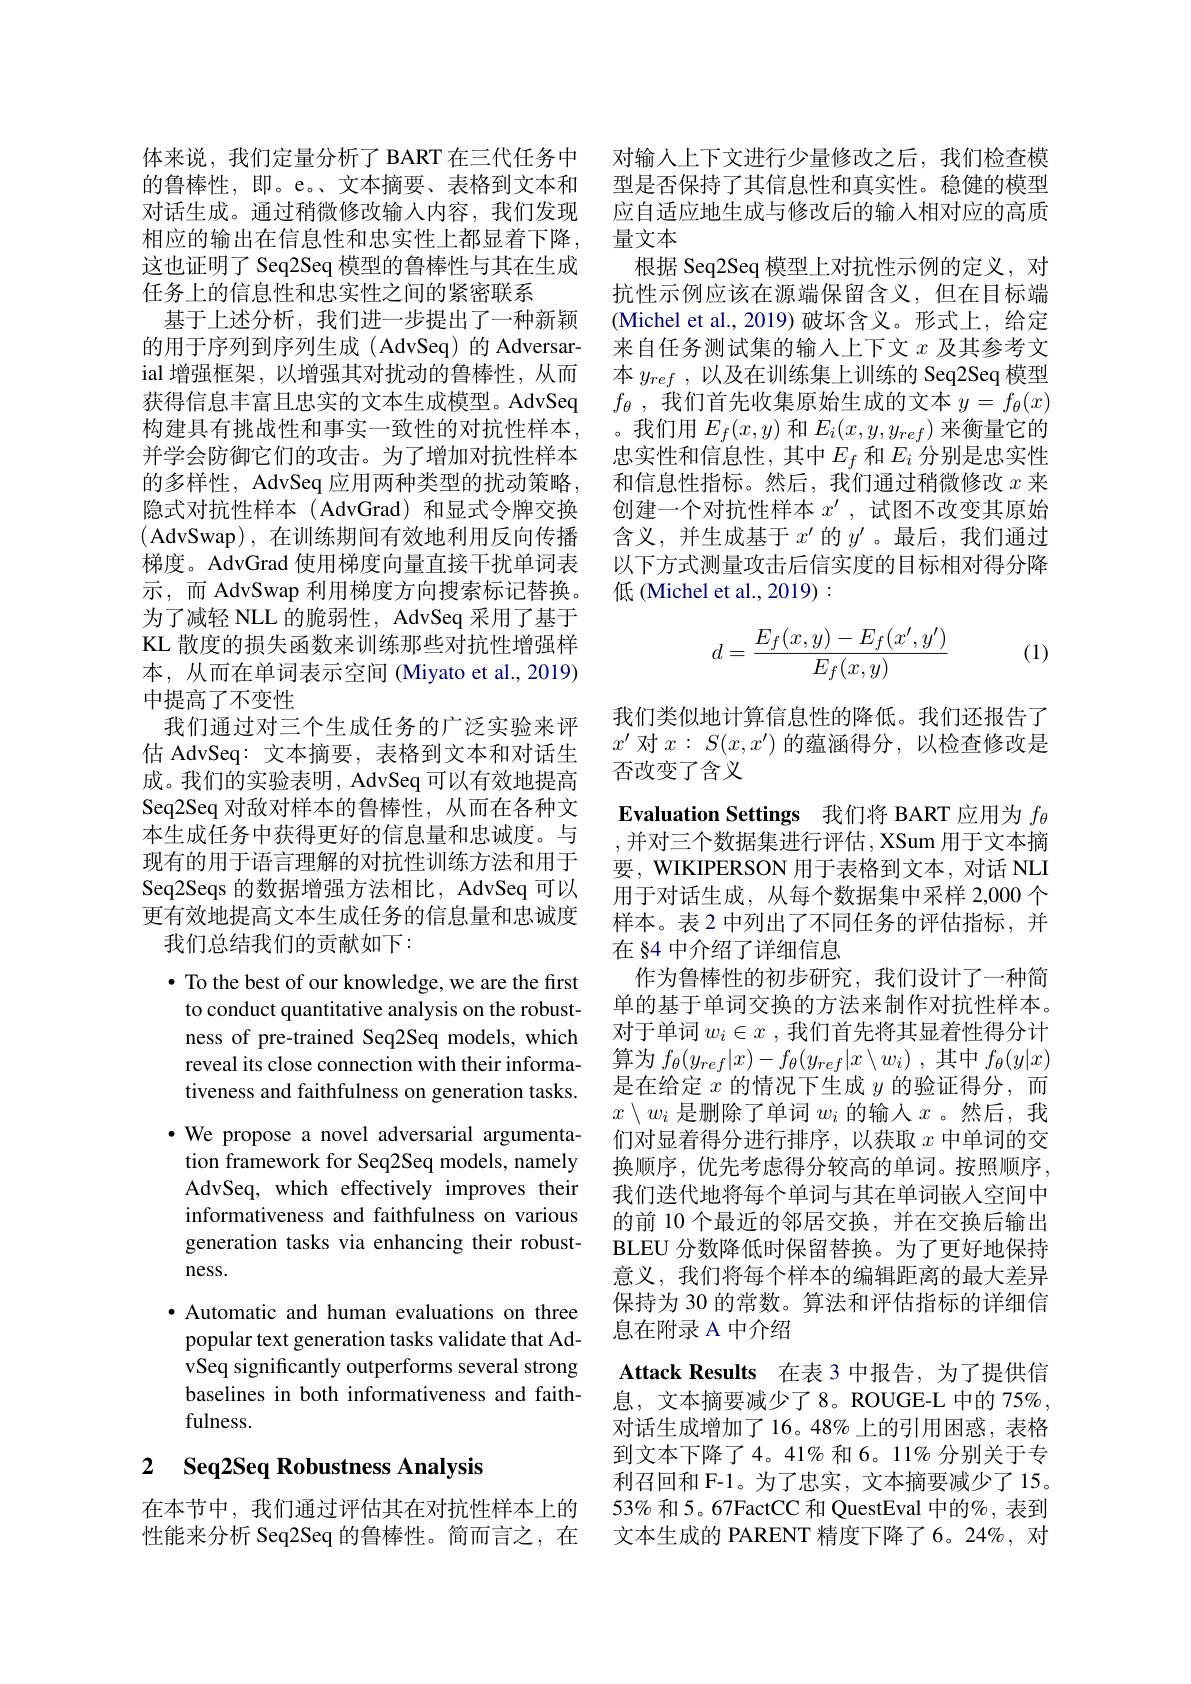
任务上的信息性和忠实性之间的紧密联系
ial 增强框架，以增强其对扰动的鲁棒性，从而获得信息丰富且忠实的文本生成模型。AdvSeq 构建具有挑战性和事实一致性的对抗性样本， 并学会防御它们的攻击。为了增加对抗性样本的多样性，AdvSeq 应用两种类型的扰动策略， 隐式对抗性样本(AdvGrad)和显式令牌交换( AdvSwap), 在训练期间有效地利用反向传播梯度。AdvGrad 使用梯度向量直接干扰单词表示，而 AdvSwap 利用梯度方向搜索标记替换。为了减轻 NLL 的脆弱性，AdvSeq 采用了基于KL 散度的损失函数来训练那些对抗性增强样本，从而在单词表示空间 (Miyato et al., 2019) 中提高了不变性
我们通过对三个生成任务的广泛实验来评估 AdvSeq: 文本摘要，表格到文本和对话生成。我们的实验表明，AdvSeq 可以有效地提高Seq2Seq 对敌对样本的鲁棒性，从而在各种文本生成任务中获得更好的信息量和忠诚度。与现有的用于语言理解的对抗性训练方法和用于Seq2Seqs 的数据增强方法相比，AdvSeq 可以更有效地提高文本生成任务的信息量和忠诚度
我们总结我们的贡献如下：
$\bullet$ To the best of our knowledge, we are the first to conduct quantitative analysis on the robustness of pre-trained Seq2Seq models, which reveal its close connection with their informativeness and faithfulness on generation tasks. $\cdot$ We propose a novel adversarial argumentation framework for Seq2Seq models, namely AdvSeq, which effectively improves their informativeness and faithfulness on various generation tasks via enhancing their robustness.
· Automatic and human evaluations on three popular text generation tasks validate that AdvSeq significantly outperforms several strong baselines in both informativeness and faithfulness.

## 2 $\textbf{Seq2Seq Robustness Analysis}$

体来说，我们定量分析了 BART 在三代任务中 对输人上下文进行少量修改之后，我们检查模的鲁棒性，即。e。、文本摘要、表格到文本和 型是否保持了其信息性和真实性。稳健的模型对话生成。通过稍微修改输入内容，我们发现 应自适应地生成与修改后的输人相对应的高质相应的输出在信息性和忠实性上都显着下降，量文本
这也证明了 Seq2Seq 模型的鲁棒性与其在生成 根据 Seq2Seq 模型上对抗性示例的定义，对
抗性示例应该在源端保留含义，但在目标端
基于上述分析，我们进一步提出了一种新颖 (Michel et al.,2019)破坏含义。形式上，给定的用于序列到序列生成 (AdvSeq) 的 Adversar- 来自任务测试集的输入上下文$x$及其参考文
本$y_{ref}$ ,以及在训练集上训练的 Seq2Seq 模型$f_\theta$ ,我们首先收集原始生成的文本$y=f_\theta(x)$ 。我们用$E_f(x,y)$和$E_i(x,y,y_{ref})$来衡量它的忠实性和信息性，其中$E_f$和$E_i$分别是忠实性和信息性指标。然后，我们通过稍微修改$x$来创建一个对抗性样本$x^{\prime}$,试图不改变其原始含义，并生成基于$x^\prime$的$y^{\prime}$ 。最后，我们通过以下方式测量攻击后信实度的目标相对得分降低(Michel et al., 2019) :
$$d=\dfrac{E_f(x,y)-E_f(x',y')}{E_f(x,y)}$$
(1)

我们类似地计算信息性的降低。我们还报告了$x^{\prime}$对$x:S(x,x^{\prime})$的蕴涵得分，以检查修改是否改变了含义
Evaluation Settings 我们将 BART 应用为$f_\mathrm{\theta}$ ,并对三个数据集进行评估，XSum 用于文本摘要，WIKIPERSON 用于表格到文本，对话 NLI 用于对话生成，从每个数据集中采样 2,000 个样本。表 2 中列出了不同任务的评估指标，并在 84 中介绍了详细信息
作为鲁棒性的初步研究，我们设计了一种简单的基于单词交换的方法来制作对抗性样本。对于单词$w_i\in x$ ,我们首先将其显着性得分计算为$f_\theta ( y_{ref}| x) - f_\theta ( y_{ref}| x\setminus w_i)$ ,其中$f_\theta(y|x)$ 是在给定$x$的情况下生成$y$的验证得分，而$x\setminus w_i$是删除了单词$w_i$的输入$x$ 。然后，我们对显着得分进行排序，以获取$x$中单词的交换顺序，优先考虑得分较高的单词。按照顺序， 我们迭代地将每个单词与其在单词嵌入空间中的前 10 个最近的邻居交换，并在交换后输出BLEU 分数降低时保留替换。为了更好地保持意义，我们将每个样本的编辑距离的最大差异保持为 30 的常数。算法和评估指标的详细信息在附录 A 中介绍
Attack Results 在表 3 中报告，为了提供信息，文本摘要减少了8。ROUGE-L 中的 75%, 对话生成增加了16。48%上的引用困惑，表格到文本下降了4。41%和6。11%分别关于专利召回和 F-1。为了忠实，文本摘要减少了 15。
在本节中，我们通过评估其在对抗性样本上的 53% 和5。67FactCC 和 QuestEval 中的%,表到性能来分析 Seq2Seq 的鲁棒性。简而言之，在 文本生成的 PARENT 精度下降了6。24%,对